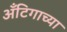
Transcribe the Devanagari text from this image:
अँटिगाच्या